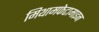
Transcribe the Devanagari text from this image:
मिथामफेटामाइन